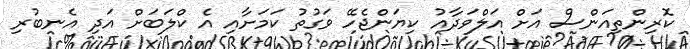
ކޮރިންތިއަންސް އަށް އަލްވަދާއު ކިޔަންޖެހޭ ވަގުތު ކަމަށާއި އެ ކްލަބަށް އަދި އެނބުރި